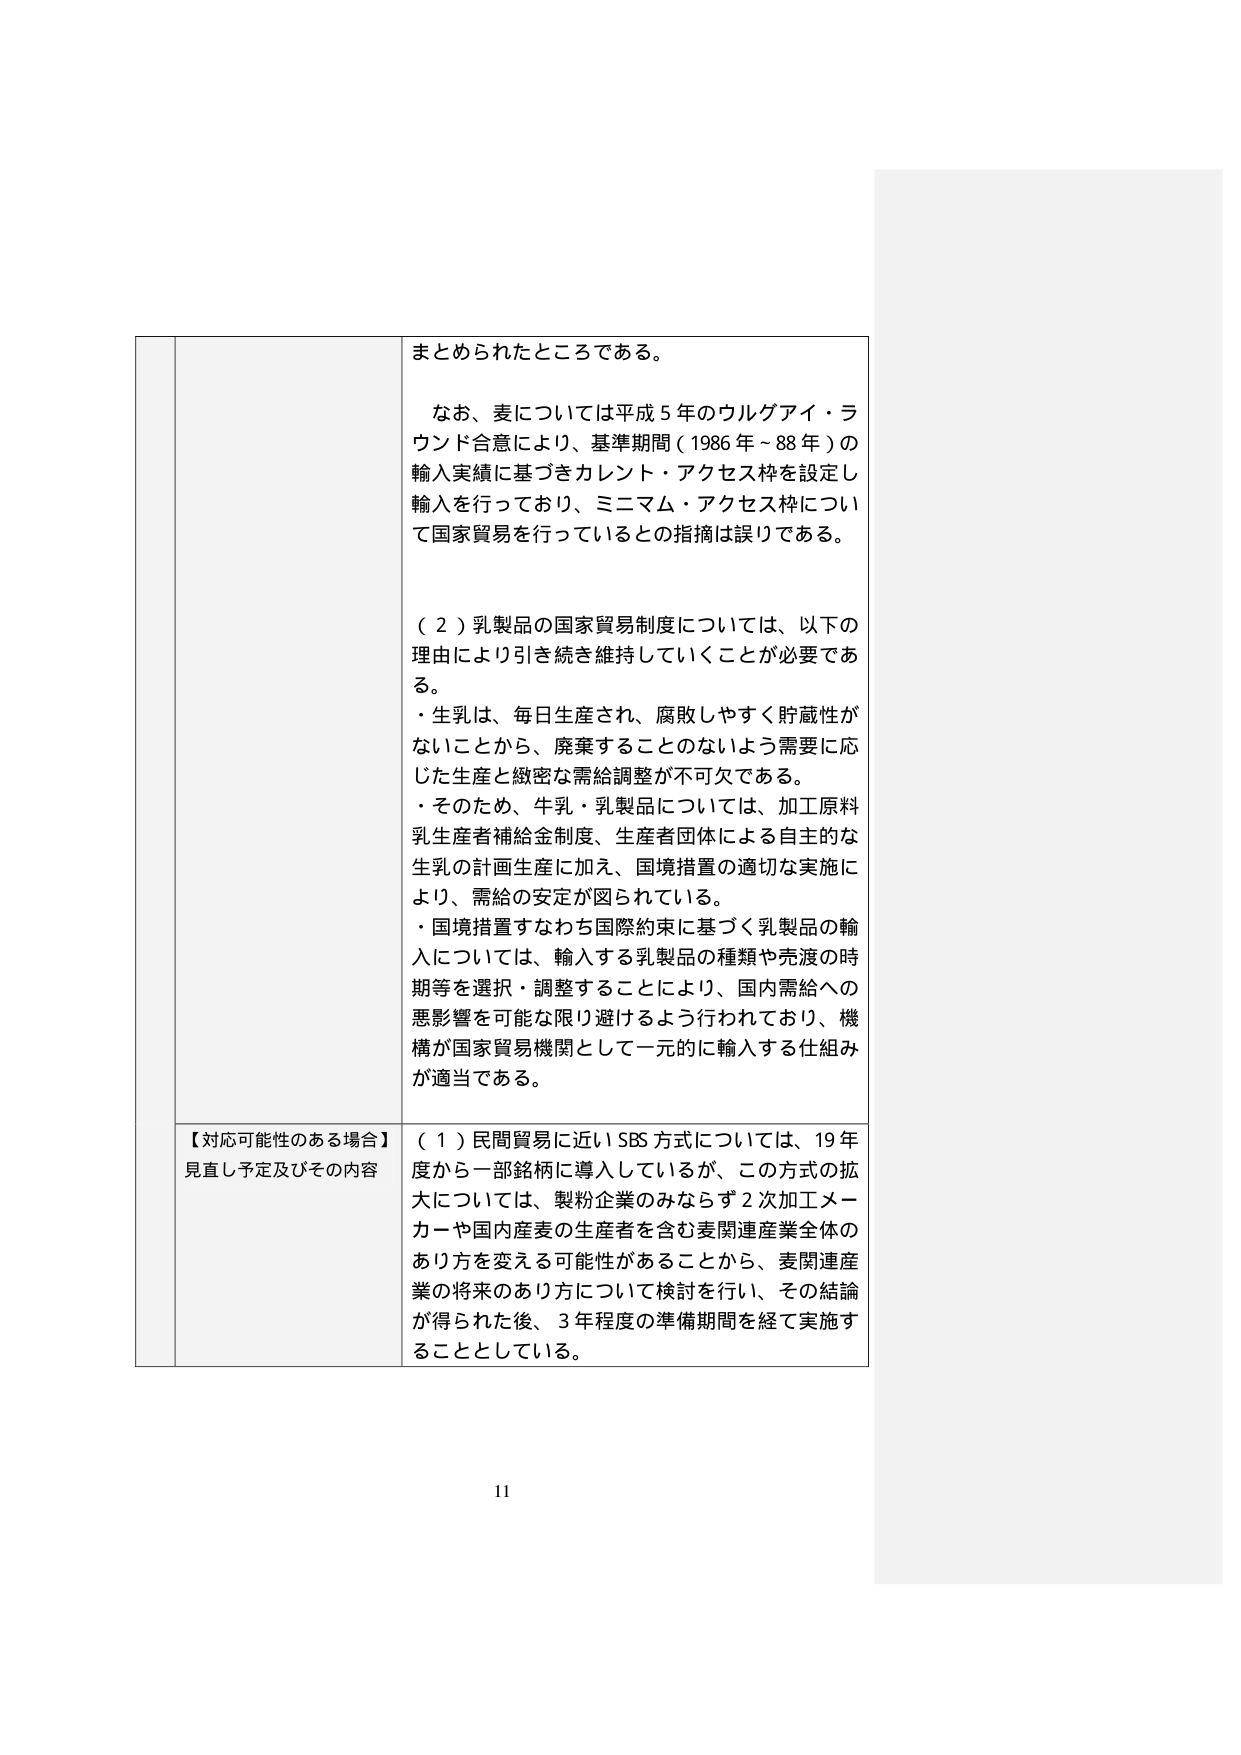
まとめられたところである。

なお、麦については平成５年のウルゲアイ・ラウンド合意により、基準期間（1986年～88年）の輸入実績に基づきカレント・アクセス枠を設定し輸入を行っており、ミニマム・アクセス枠について国家貿易を行っているとの指摘は誤りである。

（２）乳製品の国家貿易制度については、以下の理由により引き続き維持していくことが必要である。
・生乳は、毎日生産され、腐敗しやすく貯蔵性がないことから、廃棄することのないよう需要に応じた生産と緻密な需給調整が不可欠である。
・そのため、牛乳・乳製品については、加工原料乳生産者補給金制度、生産者団体による自主的な生乳の計画生産に加え、国境措置の適切な実施により、需給の安定が図られている。
・国境措置すなわち国際約束に基づく乳製品の輸入については、輸入する乳製品の種類や売渡の時期等を選択・調整することにより、国内需給への悪影響を可能な限り避けるよう行われており、機構が国家貿易機関として一元的に輸入する仕組みが適当である。

【対応可能性のある場合】
見直し予定及びその内容
（１）民間貿易に近いSBS方式については、19年度から一部銘柄に導入しているが、この方式の拡大については、製粉企業のみならず２次加工メーカーや国内産麦の生産者を含む麦関連産業全体のあり方を変える可能性があることから、麦関連産業の将来のあり方について検討を行い、その結論が得られた後、３年程度の準備期間を経て実施することとしている。

11